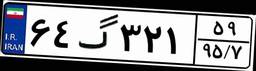
۹۴گ۰۹۸۱۲